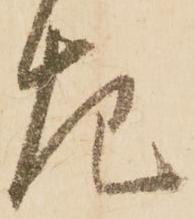
左